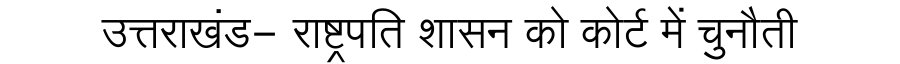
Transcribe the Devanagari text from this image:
उत्तराखंड- राष्ट्रपति शासन को कोर्ट में चुनौती